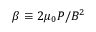
\beta \equiv 2 \mu _ { 0 } P / B ^ { 2 }